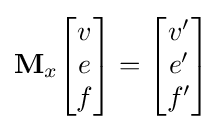
\mathbf {M} _{x}{\begin{bmatrix}v\\e\\f\end{bmatrix}}={\begin{bmatrix}v'\\e'\\f'\end{bmatrix}}